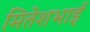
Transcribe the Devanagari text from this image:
मितेशभाई